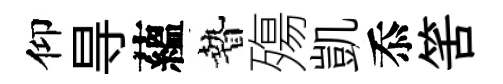
仰㝵蘊贄殤凱忝筈